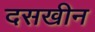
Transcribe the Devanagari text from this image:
दसखीन